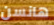
هانسن